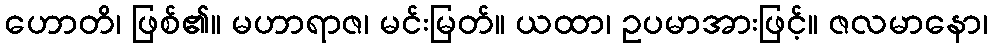
ဟောတိ၊ ဖြစ်၏။ မဟာရာဇ၊ မင်းမြတ်။ ယထာ၊ ဥပမာအားဖြင့်။ ဇလမာနော၊